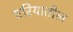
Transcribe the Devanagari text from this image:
एरियातील